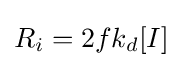
R_{i}=2fk_{d}[I]